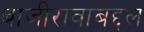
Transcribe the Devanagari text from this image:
बाजीरावाबद्दल